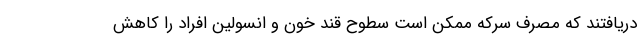
دریافتند که مصرف سرکه ممکن است سطوح قند خون و انسولین افراد را کاهش